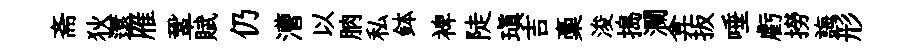
斋狄還雁鞏賦仍漕以朒私鉢裨陡瑱吉稾浚搗瀾弇扳唾虧撈誨形